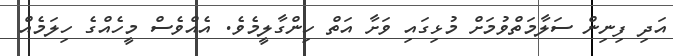
އަދި ފިނިން ސަލާމަތްވުމަށް މުޅިގައި ވަށާ އަތް ހިންގާލީމެވެ. އެއްވެސް މީހެއްގެ ހިލަމެއް